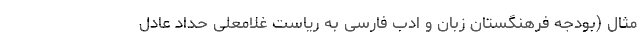
مثال (بودجه فرهنگستان زبان و ادب فارسی به ریاست غلامعلی حداد عادل